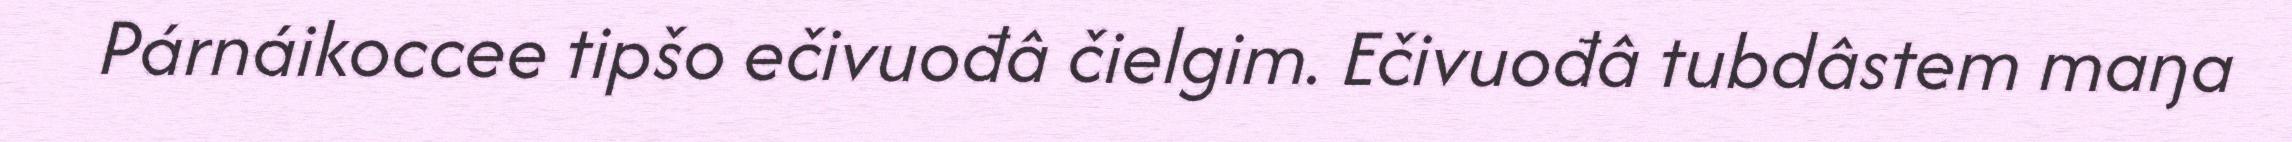
Párnáikoccee tipšo ečivuođâ čielgim. Ečivuođâ tubdâstem maŋa